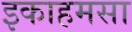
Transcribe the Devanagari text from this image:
इकाहमसा